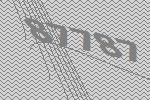
87787